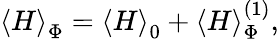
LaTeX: {\left\langle H\right\rangle_{\Phi}}={\left\langle H\right\rangle_{0}}+\left\langle H\right\rangle_{\Phi}^{\left(1\right)},